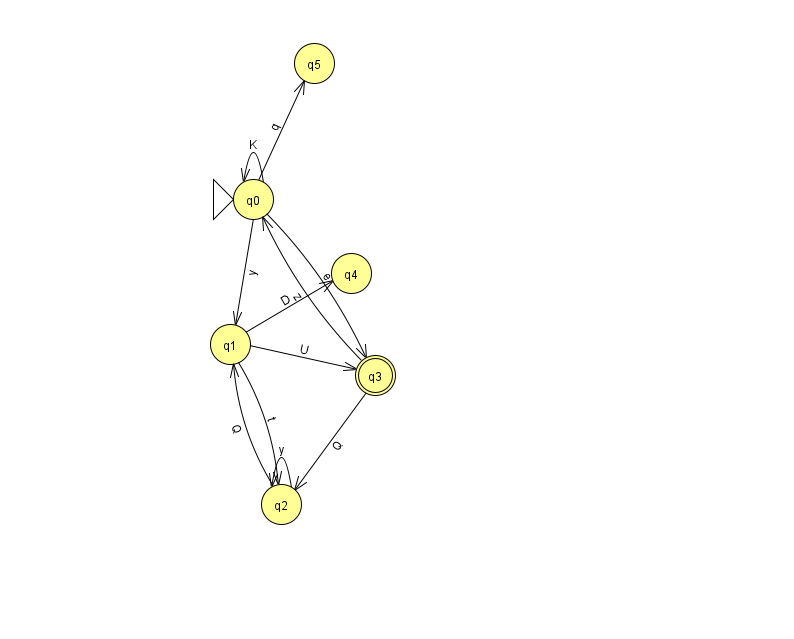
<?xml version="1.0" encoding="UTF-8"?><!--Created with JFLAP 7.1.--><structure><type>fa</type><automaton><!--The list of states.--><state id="0" name="q0"><x>253.0</x><y>186.0</y><initial/></state><state id="1" name="q1"><x>230.0</x><y>331.0</y></state><state id="2" name="q2"><x>281.0</x><y>491.0</y></state><state id="3" name="q3"><x>375.0</x><y>362.0</y><final/></state><state id="4" name="q4"><x>351.0</x><y>260.0</y></state><state id="5" name="q5"><x>314.0</x><y>50.0</y></state><!--The list of transitions.--><transition><from>0</from><to>3</to><read>e</read></transition><transition><from>1</from><to>3</to><read>U</read></transition><transition><from>1</from><to>4</to><read>D</read></transition><transition><from>3</from><to>2</to><read>Q</read></transition><transition><from>0</from><to>1</to><read>y</read></transition><transition><from>2</from><to>2</to><read>y</read></transition><transition><from>0</from><to>0</to><read>K</read></transition><transition><from>1</from><to>2</to><read>t</read></transition><transition><from>3</from><to>0</to><read>z</read></transition><transition><from>0</from><to>5</to><read>q</read></transition><transition><from>2</from><to>1</to><read>Q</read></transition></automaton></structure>